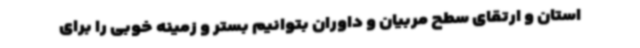
استان و ارتقای سطح مربیان و داوران بتوانیم بستر و زمینه خوبی را برای